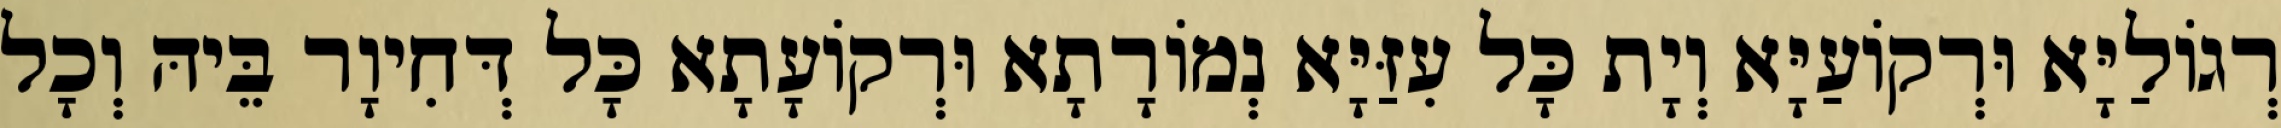
רְגוֹלַיָּא וּרְקוֹעַיָּא וְיָת כָּל עִזַּיָּא נְמוֹרָתָא וּרְקוֹעָתָא כָּל דְּחִיוָר בֵּיהּ וְכָל